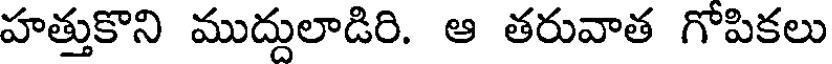
హత్తుకొని ముద్దులాడిరి. ఆ తరువాత గోపికలు